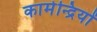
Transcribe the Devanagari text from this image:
कामेन्द्रियों